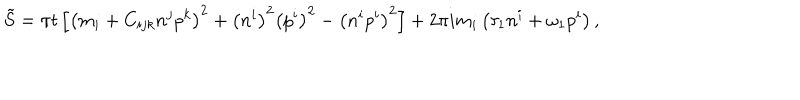
\tilde { S } = \pi t \left[ \left( m _ { i } + C _ { i j k } n ^ { j } p ^ { k } \right) ^ { 2 } + \left( n ^ { i } \right) ^ { 2 } \left( p ^ { i } \right) ^ { 2 } - \left( n ^ { i } p ^ { i } \right) ^ { 2 } \right] + 2 \pi i m _ { i } \left( \tau _ { 1 } n ^ { i } + \omega _ { 1 } p ^ { i } \right) ,